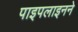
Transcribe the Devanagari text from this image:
पाइपलाइनने